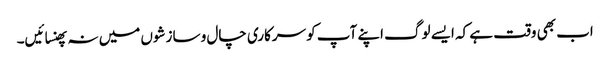
اب بھی وقت ہے کہ ایسے لوگ اپنے آپ کو سرکاری چال و سازشوں میں نہ پھنسائیں۔